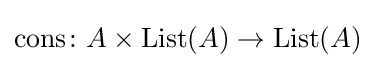
\mathrm {cons} \colon A\times \mathrm {List} (A)\to \mathrm {List} (A)